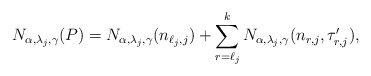
\begin{align*}N_{\alpha, \lambda_j,\gamma}(P)= N_{\alpha, \lambda_j,\gamma}(n_{\ell_j,j})+\sum_{r=\ell_j}^k N_{\alpha, \lambda_j,\gamma}(n_{r,j}, \tau'_{r,j}),\end{align*}